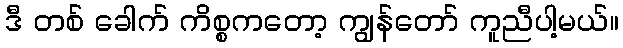
ဒီ တစ် ခေါက် ကိစ္စကတော့ ကျွန်တော် ကူညီပါ့မယ်။